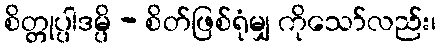
စိတ္တုပ္ပါဒမ္ပိ - စိတ်ဖြစ်ရုံမျှ ကိုသော်လည်း၊